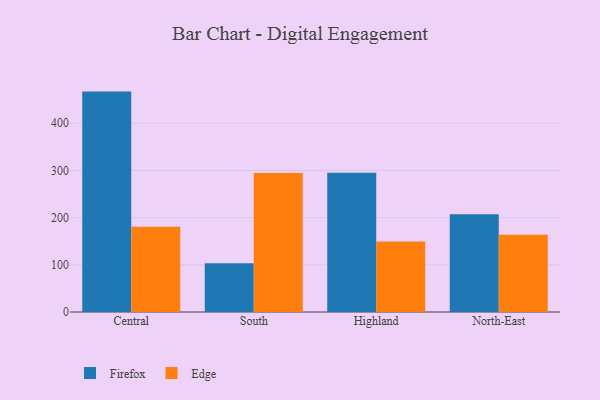
{"axis": {"x": "Region", "y": "Tickets Resolved"}, "legend": ["Edge", "Firefox"], "data": [{"x": "Central", "y": 467.1, "type": "Firefox"}, {"x": "Central", "y": 180.8, "type": "Edge"}, {"x": "South", "y": 103.4, "type": "Firefox"}, {"x": "South", "y": 294.7, "type": "Edge"}, {"x": "Highland", "y": 295.2, "type": "Firefox"}, {"x": "Highland", "y": 149.3, "type": "Edge"}, {"x": "North-East", "y": 207.1, "type": "Firefox"}, {"x": "North-East", "y": 163.9, "type": "Edge"}]}